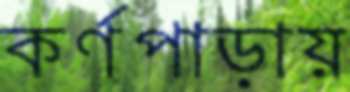
কর্ণপাড়ায়